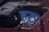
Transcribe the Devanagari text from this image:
हठ्